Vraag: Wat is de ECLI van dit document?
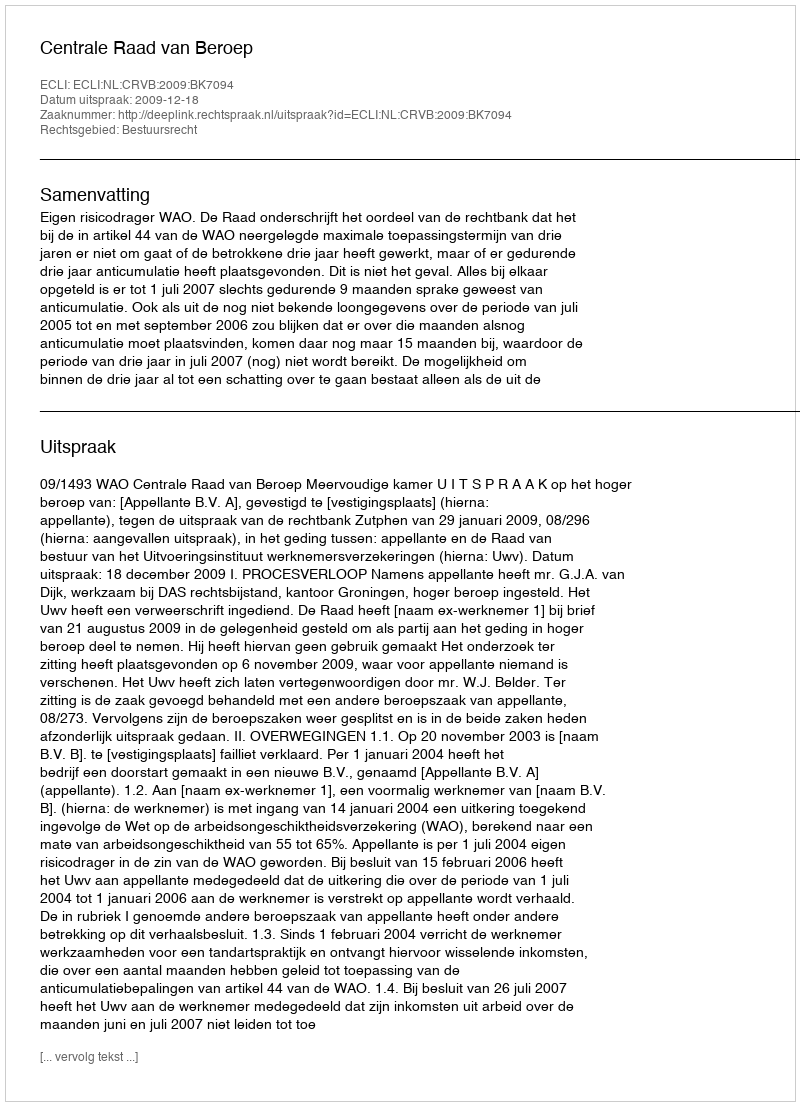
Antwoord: ECLI:NL:CRVB:2009:BK7094